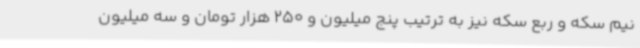
نیم سکه و ربع سکه نیز به ترتیب پنج میلیون و 250 هزار تومان و سه میلیون